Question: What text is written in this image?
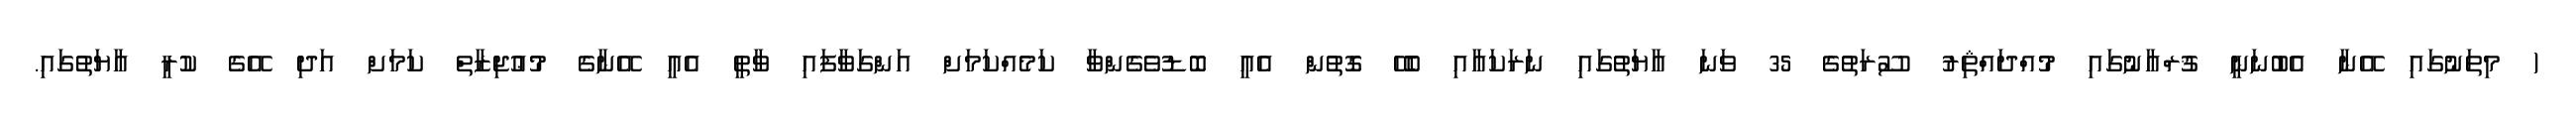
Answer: ( މިތަނުގައި އޭނާ އެބުނަނީ ޤުރްއާނުގައި މުއްދައްޘިރު ސޫރަތުގެ 35 ވަނަ އާޔަތުގައި ނަރަކައާއި ބެހޭ ގޮތުން އެއީ ބޮޑުވެގެންވާ ކަމެއްކަމަށް އަންގަވާފައި ވާތީ އެއީ އޭނާގެ މުޢުޖިޒާތް ކަމަށް އަދި އޭގެ ކުރީ އާޔަތުގައި.